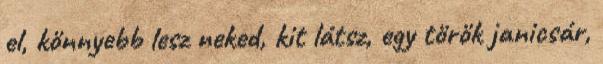
el, könnyebb lesz neked, kit látsz, egy török janicsár,